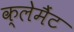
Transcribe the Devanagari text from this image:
क्लेमैंट